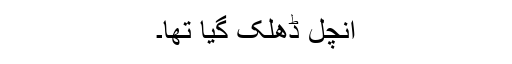
آنچل ڈھلک گیا تھا۔